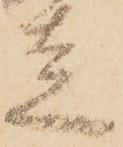
走